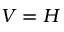
V = H